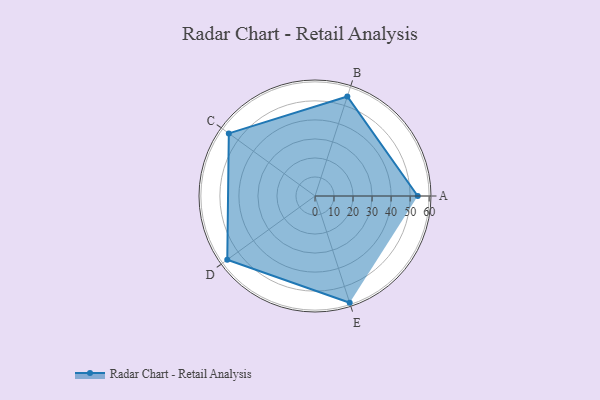
{"axis": {"x": "Skill", "y": "Score"}, "legend": ["Profile"], "data": [{"x": "A", "y": 54.0, "type": "Profile"}, {"x": "B", "y": 55.0, "type": "Profile"}, {"x": "C", "y": 56.0, "type": "Profile"}, {"x": "D", "y": 57.0, "type": "Profile"}, {"x": "E", "y": 59.0, "type": "Profile"}]}